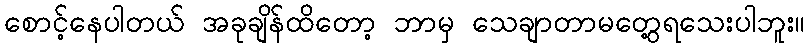
စောင့်နေပါတယ် အခုချိန်ထိတော့ ဘာမှ သေချာတာမတွေ့ရသေးပါဘူး။